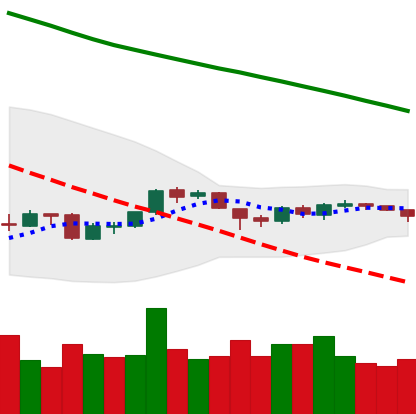
Ticker: ETH-USD
Chart end date: 2018-10-03
Forward return: 3.976%
Label: up_3_5